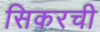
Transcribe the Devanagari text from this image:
सिकरची